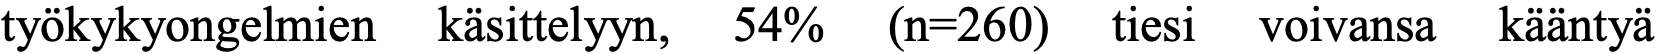
työkykyongelmien käsittelyyn, 54% (n=260) tiesi voivansa kääntyä